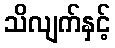
သိလျက်နှင့်